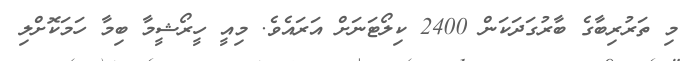
މި ތަރުރިބާގެ ބާރުގަަދަކަން 2400 ކިލޯޓަނަށް އަަރައެވެ. މިއީ ހީރޯޝީމާ ބިމާ ހަމަކޮށްލިި